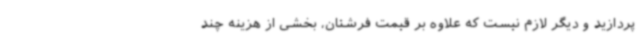
پردازید و دیگر لازم نیست که علاوه بر قیمت فرشتان، بخشی از هزینه چند